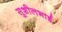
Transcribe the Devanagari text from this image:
सुशीलभाई